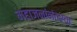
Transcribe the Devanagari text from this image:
महाजनांनंतरचा